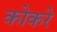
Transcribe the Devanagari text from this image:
कोकरे